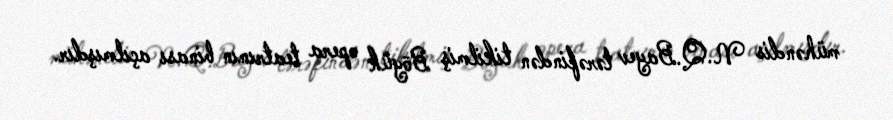
mühəndis N.Q.Bayev tərəfindən tikilmiş Böyük opera teatrının binası açılmışdır.